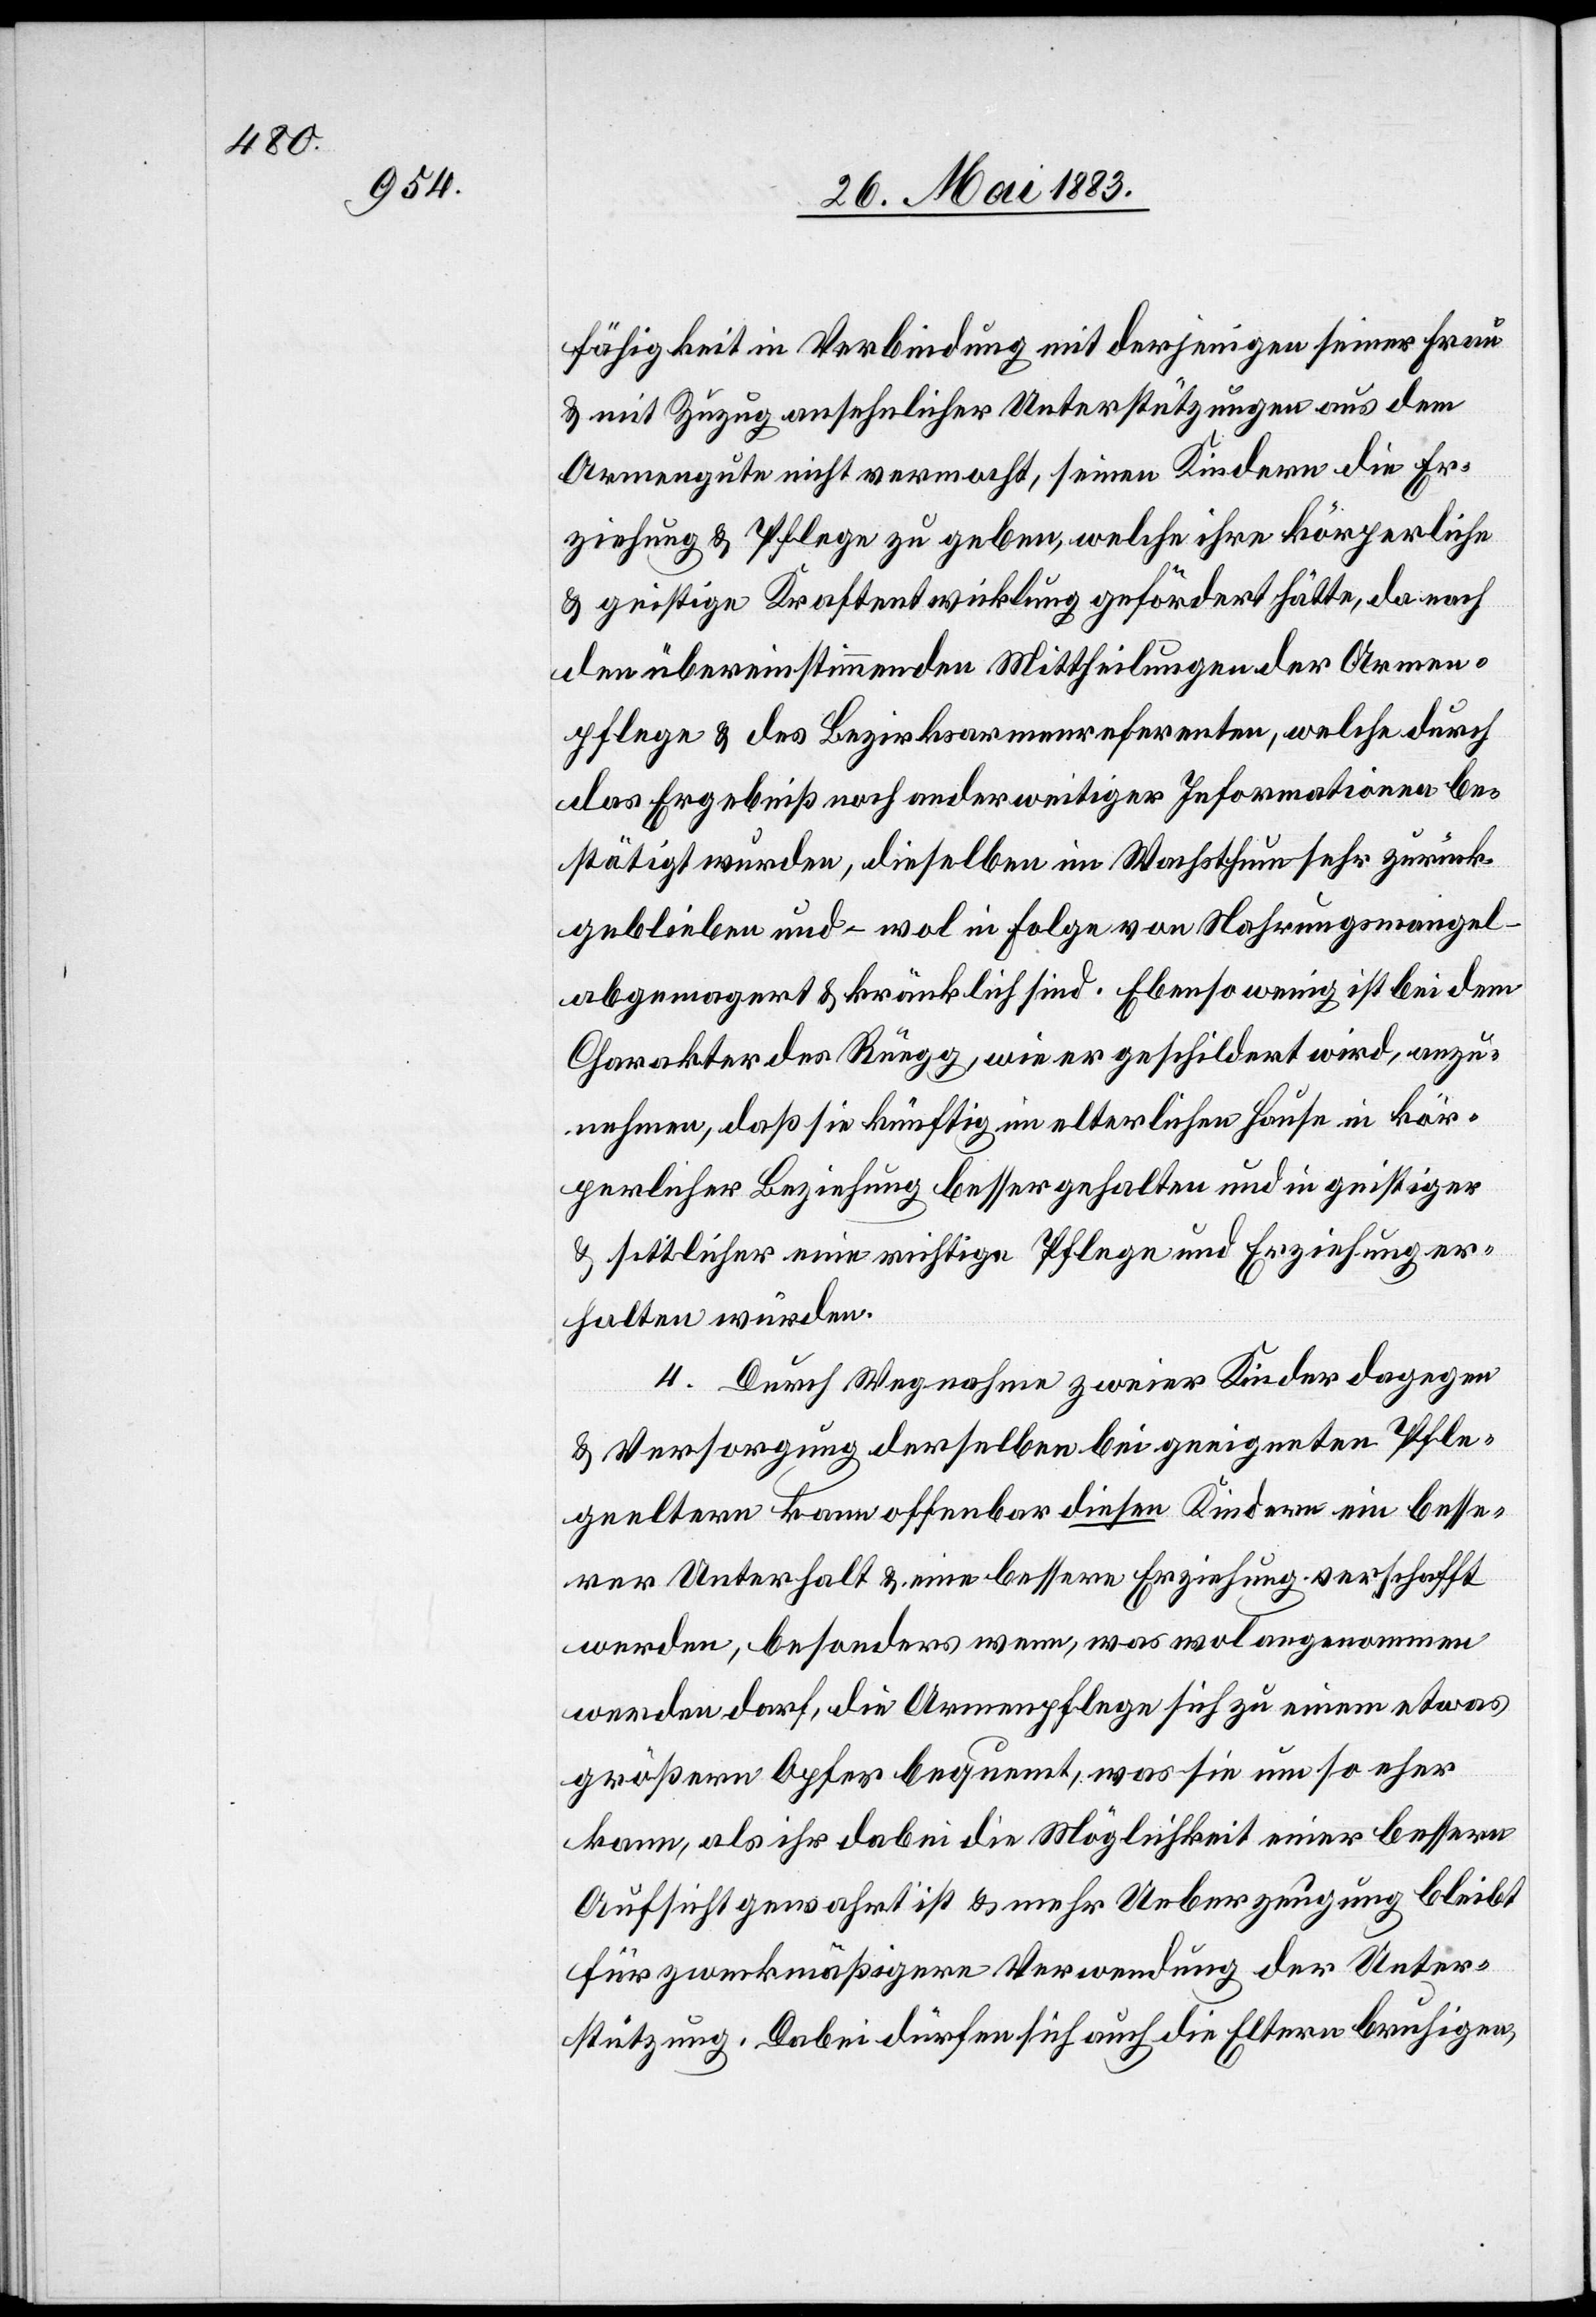
fähigkeit in Verbindung mit derjenigen seiner Frau
& mit Zuzug ansehnlicher Unterstützungen aus dem
Armengute nicht vermocht, seinen Kindern die Er¬
ziehung & Pflege zu geben, welche ihre körperliche
& geistige Kraftentwicklung gefördert hätte, da nach
den übereinstimmenden Mittheilungen der Armen¬
pflege & des Bezirksarmenreferenten, welche durch
das Ergebniß noch anderweitiger Informationen be¬
stätigt wurden, dieselben im Wachsthum sehr zurück¬
geblieben und – wol in Folge von Nahrungsmangel
abgemagert & kränklich sind. Ebenso wenig ist bei dem
Charakter des Rüegg, wie er geschildert wird, anzu¬
nehmen, daß sie künftig im elterlichen Hause in kör¬
perlicher Beziehung besser gehalten und in geistiger
& sittlicher eine richtige Pflege und Erziehung er¬
halten würden.
4. Durch Wegnahme zweier Kinder dagegen
& Versorgung derselben bei geeigneten Pfle¬
geeltern kann offenbar diesen Kindern ein besse¬
rer Unterhalt & eine bessere Erziehung verschafft
werden, besonders wenn, was wol angenommen
werden darf, die Armenpflege sich zu einem etwas
größern Opfer bequemt, was sie um so eher
kann, als ihr dabei die Möglichkeit einer bessere
Aussicht gewahrt ist & mehr Ueberzeugung bleibt
für zweckmäßigere Verwendung der Unter¬
stützung. Dabei dürfen sich auch die Eltern b[e]ruhigen,